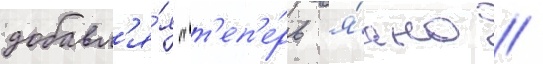
добавл'я́я "т'еп'е́рь я́сно /